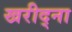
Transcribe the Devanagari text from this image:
खरीद्ना